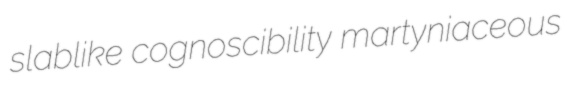
slablike cognoscibility martyniaceous